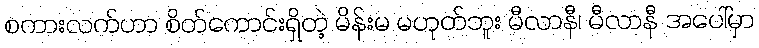
စကားလက်ဟာ စိတ်ကောင်းရှိတဲ့ မိန်းမ မဟုတ်ဘူး မီလာနီ၊ မီလာနီ အပေါ်မှာ